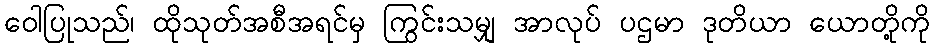
ဝေါပြုသည်၊ ထိုသုတ်အစီအရင်မှ ကြွင်းသမျှ အာလုပ် ပဌမာ ဒုတိယာ ယောတို့ကို